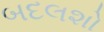
બદલશો